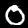
Digit: 0